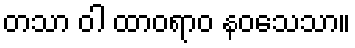
တသာ ဝါ ထာဝရာဝ နဝသေသာ။